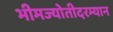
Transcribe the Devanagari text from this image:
भीमज्योतीदरम्यान